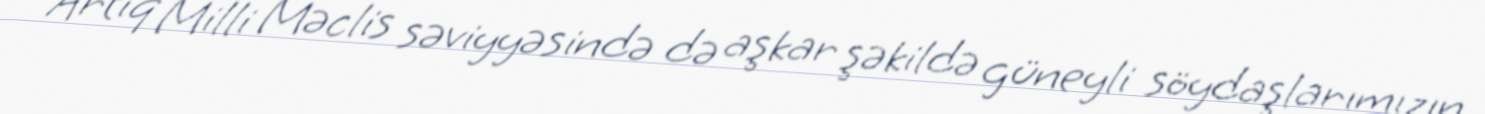
Artıq Milli Məclis səviyyəsində də aşkar şəkildə güneyli söydaşlarımızın